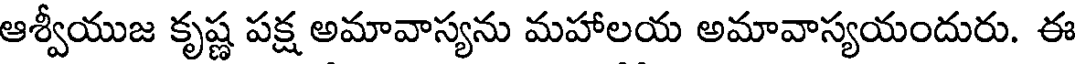
ఆశ్వీయుజ కృష్ణ పక్ష అమావాస్యను మహాలయ అమావాస్యయందురు. ఈ